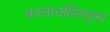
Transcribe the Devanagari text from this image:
कालाचोडितमुना